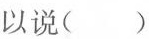
以说（）